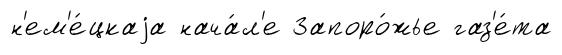
н'ем'е́цкаjа нача́л'е Запоро́жье газ'е́та